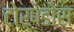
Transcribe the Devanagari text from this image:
टोर्पेडोस